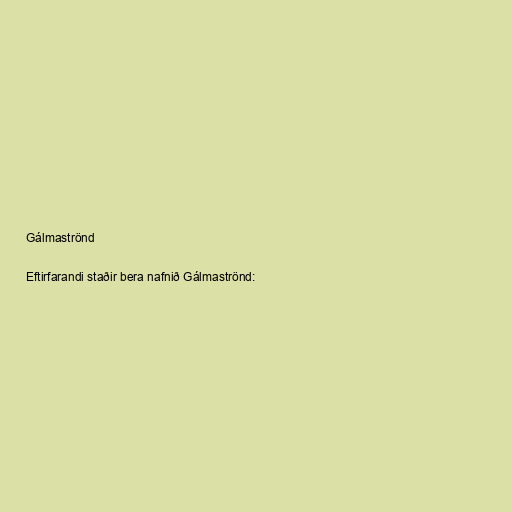
Gálmaströnd

Eftirfarandi staðir bera nafnið Gálmaströnd: